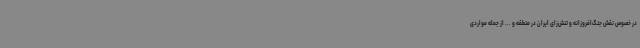
در خصوص نقش جنگ‌افروزانه و تنش‌زای ایران در منطقه و ... از جمله مواردی